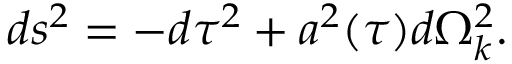
d s ^ { 2 } = - d \tau ^ { 2 } + a ^ { 2 } ( \tau ) d \Omega _ { k } ^ { 2 } .